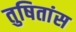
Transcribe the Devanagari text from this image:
तुषितांस